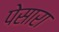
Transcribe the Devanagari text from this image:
पेसारा